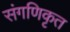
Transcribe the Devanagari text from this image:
संगणिकृत